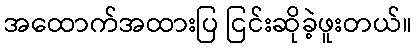
အထောက်အထားပြ ငြင်းဆိုခဲ့ဖူးတယ်။